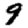
Digit: 9